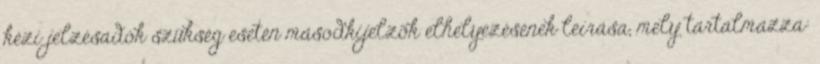
kézi jelzésadók szükség esetén másodkijelzõk elhelyezésének leírása, mely tartalmazza: